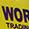
wor